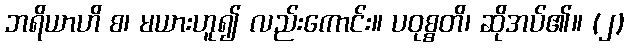
ဘရိယာဟိ စ၊ မယားဟူ၍ လည်းကောင်း။ ပဝုစ္စတိ၊ ဆိုအပ်၏။ (၂)